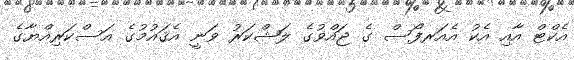
އެކްޓް އާއި އެކު އެއަރފޯސް ގެ ޖައްވުގެ ލަޝްކަރު ވަނީ އެޤައުމުގެ އަސްކަރިއްޔާގެ